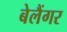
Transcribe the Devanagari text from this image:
बेलैंगर